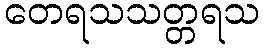
တေရသသတ္တရသ